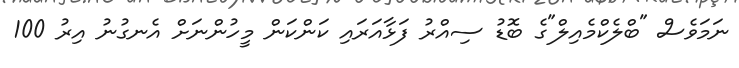
ނަމަވެސް "ބްލެކްމެއިލް"ގެ ބޮޑު ސިއްރު ފަޅާއަރައި ކަންކަން މީހުންނަށް އެނގުނު އިރު 100